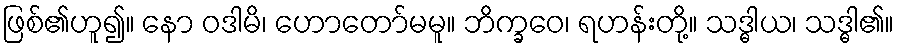
ဖြစ်၏ဟူ၍။ နော ဝဒါမိ၊ ဟောတော်မမူ။ ဘိက္ခဝေ၊ ရဟန်းတို့။ သဒ္ဓါယ၊ သဒ္ဓါ၏။